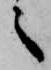
々